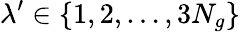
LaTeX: \lambda^{\prime}\in\{ 1,2,\ldots,3N_{g}\}